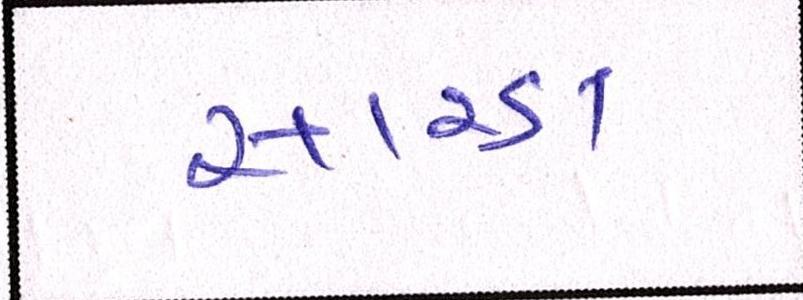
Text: સારડા